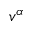
v ^ { \alpha }